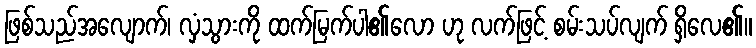
ဖြစ်သည်အလျောက်၊ လှံသွားကို ထက်မြက်ပါ၏လော ဟု လက်ဖြင့် စမ်းသပ်လျက် ရှိလေ၏။